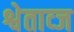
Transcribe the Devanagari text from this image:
श्वेताव्ज